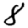
Digit: 8